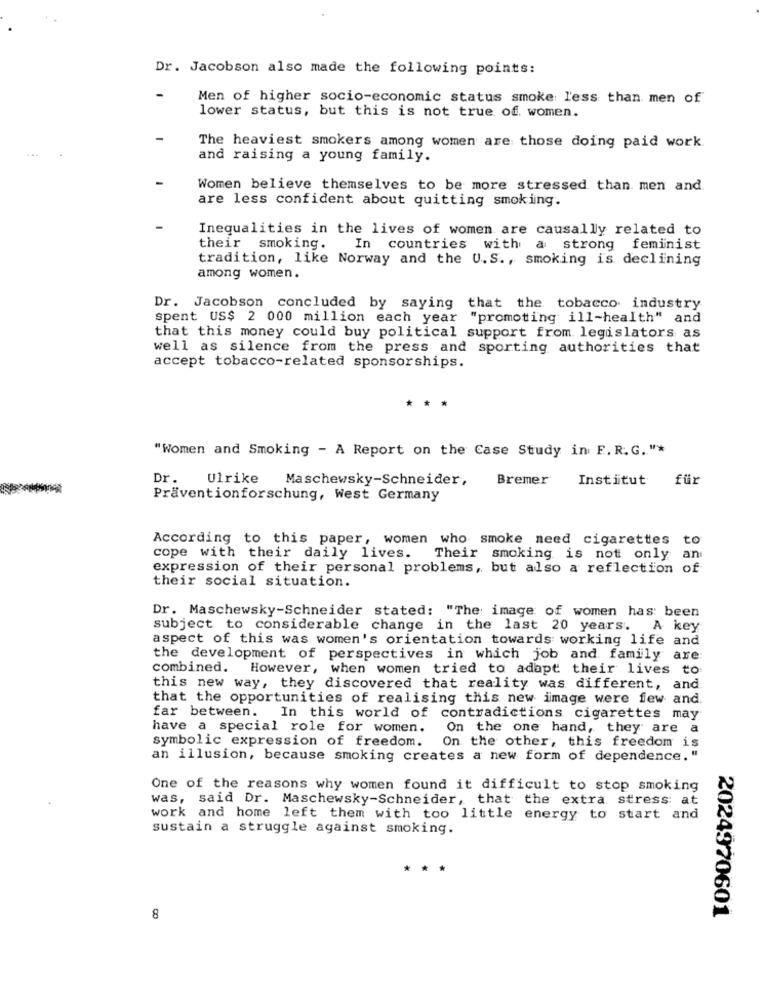
Dr. Jacobson also made the following points:
Men of higher socio-economic status smoke less than men of
lower status, but this is not true of. women.
The heaviest smokers among women are those doing paid work
and raising a young family.
Women believe themselves to be more stressed than men and.
are less confident about quitting smoking.
Inequalities in the lives of women are causally related to
their smoking.
In countries with a strong feminist
tradition, like Norway and the U.S ., smoking is declining
among women.
Dr. Jacobson concluded by saying that the tobacco industry
spent US$ 2 000 million each year "promoting ill-health" and
that this money could buy political support from legislators as
well as silence from the press and sporting authorities that
accept tobacco-related sponsorships.
***
"Women and Smoking - A Report on the Case Study in F. R. G. "*
Dr.
Ulrike
Maschewsky-Schneider,
Bremer
Institut
für
Präventionforschung, West Germany
According to this paper, women who smoke need cigarettes to
cope with their daily lives.
Their smoking is not only an
expression of their personal problems, but also a reflection of
their social situation.
Dr. Maschewsky-Schneider stated: "The image of women has been
subject to considerable change in the last 20 years. A key
aspect of this was women's orientation towards working life and
the development of perspectives in which job and family are:
combined. However, when women tried to adapt their lives to
this new way, they discovered that reality was different, and
that the opportunities of realising this new image were few and.
far between. In this world of contradictions cigarettes may
have a special role for women.
On the one hand, they are a
symbolic expression of freedom.
On the other, this freedom is
an illusion, because smoking creates a new form of dependence. "
One of the reasons why women found it difficult to stop smoking
was, said Dr. Maschewsky-Schneider, that the extra stress at
work and home left them with too little energy to start and
sustain a struggle against smoking.
**
2024970601
8